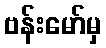
ဗန်းမော်မှ